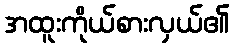
အထူးကိုယ်စားလှယ်၏